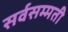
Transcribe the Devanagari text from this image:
सर्वसम्मती